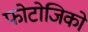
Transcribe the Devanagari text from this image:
फोटोजिको